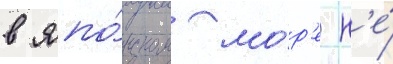
в япо́нском мо́р'е н'е́